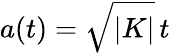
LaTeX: a(t)=\sqrt{|K|}\, t